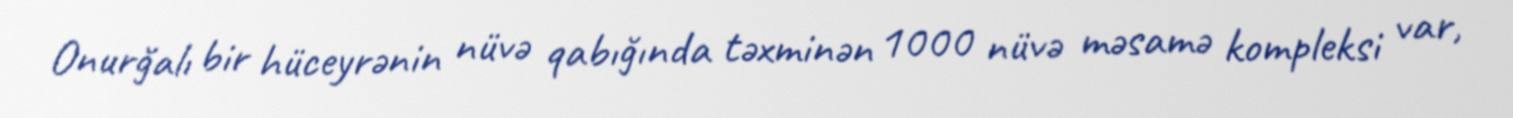
Onurğalı bir hüceyrənin nüvə qabığında təxminən 1000 nüvə məsamə kompleksi var,